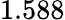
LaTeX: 1.588